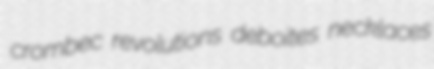
crombec revolutions deboites necklaces